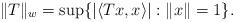
LaTeX: \begin{align*}\|T\|_w=\sup\{|\langle Tx,x\rangle|:\|x\|=1\}.\end{align*}